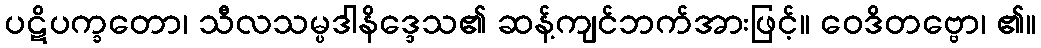
ပဋိပက္ခတော၊ သီလသမ္ပဒါနိဒ္ဒေသ၏ ဆန့်ကျင်ဘက်အားဖြင့်။ ဝေဒိတဗ္ဗော၊ ၏။